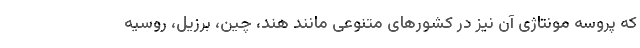
که پروسه مونتاژی آن نیز در کشورهای متنوعی مانند هند، چین، برزیل، روسیه